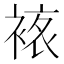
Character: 𧛅